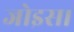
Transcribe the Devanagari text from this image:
जोइस।